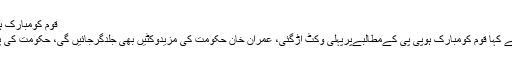
قوم کومبارک ہو عمران خان حکومت کی پہلی وکٹ اڑگئی
ترجمان پیپلز پارٹی مصطفی نوازکھوکھر نے کہا قوم کومبارک ہوپی پی کےمطالبےپرپہلی وکٹ اڑگئی، عمران خان حکومت کی مزیدوکٹیں بھی جلدگرجائیں گی، حکومت کی پوری ٹیم 50اوورزسےپہلے لوٹ جائےگی۔